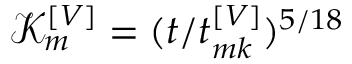
\mathcal { K } _ { m } ^ { \left[ V \right] } = ( t / t _ { m k } ^ { \left[ V \right] } ) ^ { 5 / 1 8 }